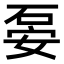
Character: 𥒇